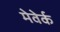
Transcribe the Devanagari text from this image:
मेवेर्क